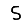
Digit: 5